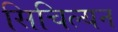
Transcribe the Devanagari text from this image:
सिचिल्यन